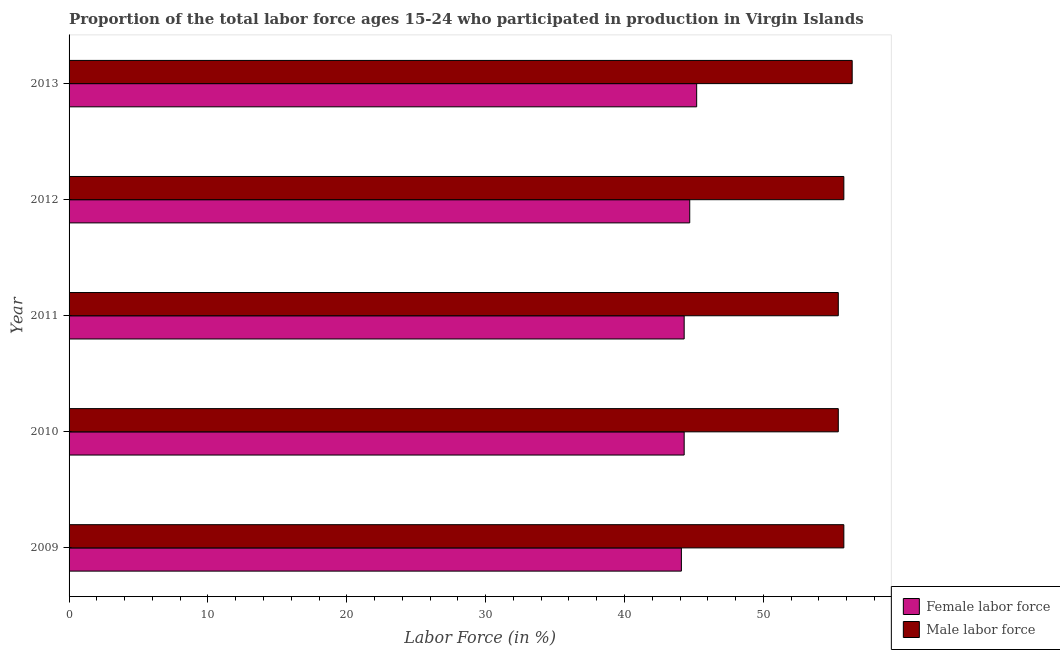
| Year | Female labor force | Male labor force |
 | --- | --- | --- |
 | 2009 | 44.1 | 55.8 |
 | 2010 | 44.3 | 55.4 |
 | 2011 | 44.3 | 55.4 |
 | 2012 | 44.7 | 55.8 |
 | 2013 | 45.2 | 56.4 |